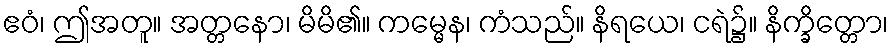
ဧဝံ၊ ဤအတူ။ အတ္တနော၊ မိမိ၏။ ကမ္မေန၊ ကံသည်။ နိရယေ၊ ငရဲ၌။ နိက္ခိတ္တော၊